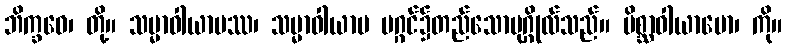
ဘိက္ခဝေ၊ တို့။ သမ္မာဝါယာမဿ၊ သမ္မာဝါယာမ မဂ္ဂင်၌တည်သောပုဂ္ဂိုလ်သည်။ မိစ္ဆာဝါယာမော၊ ကို။